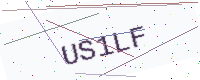
Text: US1LF